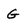
Character: G